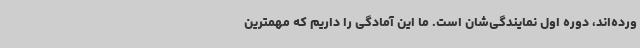
ورده‌اند، دوره اول نمایندگی‌شان است. ما این آمادگی را داریم که مهمترین